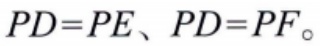
\(PD = PE、PD = PF。\)